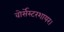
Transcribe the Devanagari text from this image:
वोर्सेस्टरशायर।